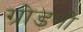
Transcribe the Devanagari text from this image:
ग्रोडनो